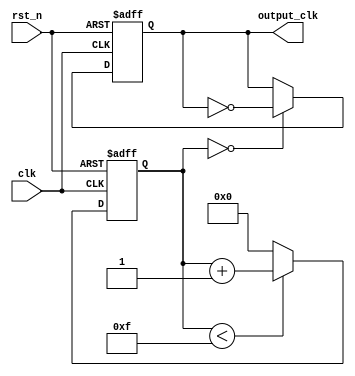
module clk_code(clk, output_clk, rst_n);

    input clk;
    input rst_n;
    output output_clk;

    reg [3:0] counter;
    reg output_clk;

    always @(posedge clk or negedge rst_n)
    begin
        if (~rst_n)
        begin
            counter <= 4'd0;
            output_clk <= 1'd0;
        end
        else 
        begin
            counter <= (counter < 4'b1111)? (counter + 4'd1): 4'd0;
            output_clk <= (counter == 4'd0)? ~output_clk: output_clk;
        end
    end
    
endmodule